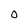
Character: 0